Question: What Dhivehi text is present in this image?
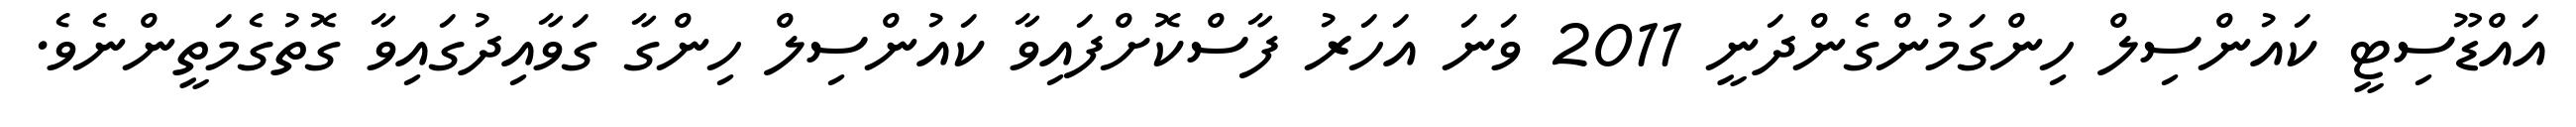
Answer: އައްޑޫސިޓީ ކައުންސިލް ހިންގަމުންގެންދަނީ 2011 ވަނަ އަހަރު ފާސްކޮށްފައިވާ ކައުންސިލް ހިންގާ ގަވާއިދުގައިވާ ގޮތުގެމަތީންނެވެ.